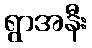
ရွာအနီး